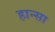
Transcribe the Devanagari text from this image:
हान्सा